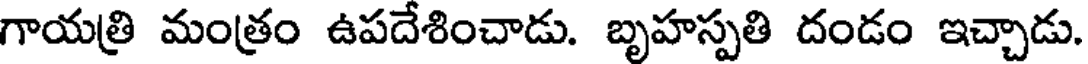
గాయత్రి మంత్రం ఉపదేశించాడు. బృహస్పతి దండం ఇచ్చాడు.